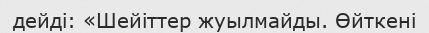
дейді: «Шейіттер жуылмайды. Өйткені